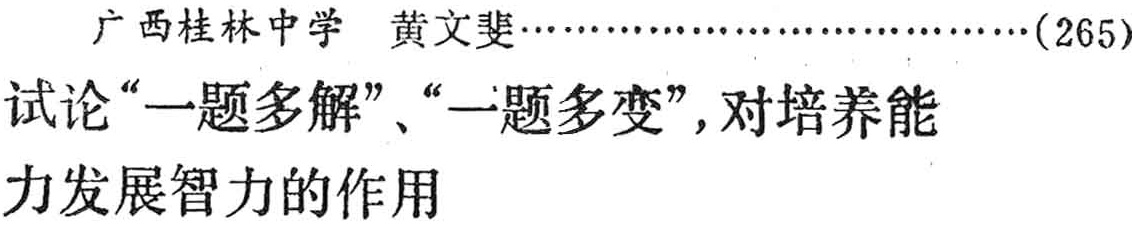
广西桂林中学 黄文斐……(265)

试论“一题多解”、“一题多变”,对培养能力发展智力的作用